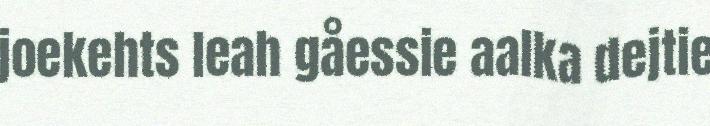
joekehts leah gåessie aalka dejtie